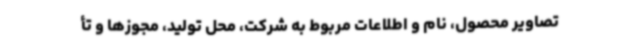
تصاویر محصول، نام و اطلاعات مربوط به شرکت، محل تولید، مجوزها و تأ